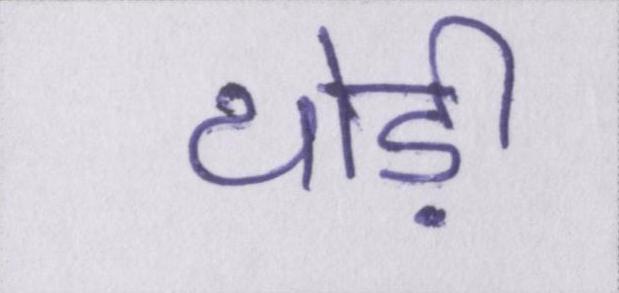
थोड़ी